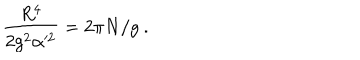
LaTeX: \frac { R ^ { 4 } } { 2 g ^ { 2 } \alpha ^ { 2 } } = 2 \pi N / g \ .